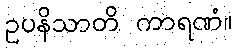
ဥပနိသာတိ ကာရဏံ။